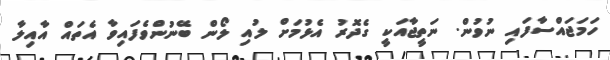
ހަމަޖައްސާފައި ނުވުން. ނަތީޖާއަކީ ގެދޮރު އެޅުމަށް ލުއި ލޯން ބޭނުންވެފައިވާ އެތައް އާއިލާ